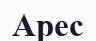
Арес